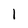
Character: 1